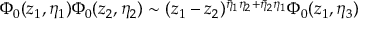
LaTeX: { \Phi } _ { 0 } ( z _ { 1 } , \eta _ { 1 } ) \Phi _ { 0 } ( z _ { 2 } , \eta _ { 2 } ) \sim ( z _ { 1 } - z _ { 2 } ) ^ { \bar { \eta } _ { 1 } \eta _ { 2 } + \bar { \eta } _ { 2 } \eta _ { 1 } } \Phi _ { 0 } ( z _ { 1 } , \eta _ { 3 } )